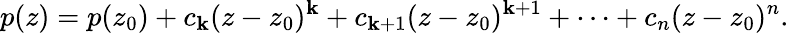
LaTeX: p(z)=p(z_{0})+c_{\mathbf{k}}(z-z_{0})^{\mathbf{k}}+c_{\mathbf{k}+1}(z-z_{0})^{\mathbf{k}+1}+\cdots+c_{n}(z-z_{0})^{n}.